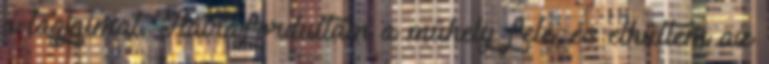
a tagjaimat. Hátrafordultam a műhely felé, és elhűltem az